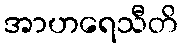
အာဟရေသီတိ